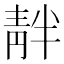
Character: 𫕺